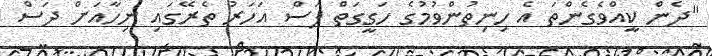
"ދެން ކީއްވެގެންތަ އެ ހިނިތުންވުމުގެ ހަގީގަތް ފަސް އަހަރު ތެރޭގައި ނިހާއަށް ދަސް